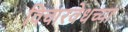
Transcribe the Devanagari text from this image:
विचारवेधच्या